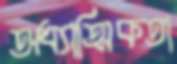
অধ্যাত্মিকতা